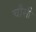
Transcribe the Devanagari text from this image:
चौसी